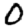
Digit: 0